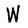
Character: W